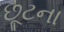
છૂટના